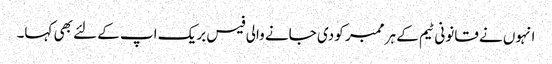
انہوں نے قانونی ٹیم کے ہر ممبر کو دی جانے والی فیس بریک اپ کے لئے بھی کہا۔